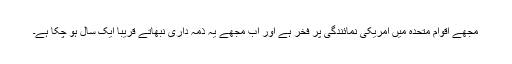
مجھے اقوام متحدہ میں امریکی نمائندگی پر فخر ہے اور اب مجھے یہ ذمہ داری نبھاتے قریباً ایک سال ہو چکا ہے۔